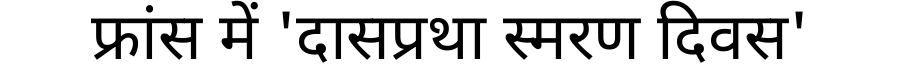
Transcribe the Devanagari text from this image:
फ्रांस में 'दासप्रथा स्मरण दिवस'